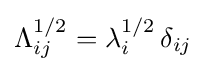
\Lambda _{ij}^{1/2}=\lambda _{i}^{1/2}\,\delta _{ij}